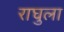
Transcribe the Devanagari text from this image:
राघुला